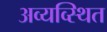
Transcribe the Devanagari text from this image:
अव्यव्स्थित